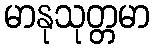
မာနုသုတ္တမာ